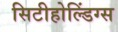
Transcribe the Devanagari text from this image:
सिटीहोल्डिंग्स